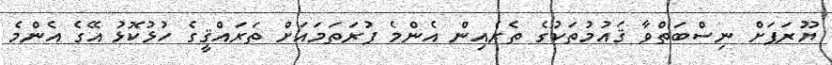
ޔޫރަޕަށް ނިސްބަތްވާ ޤައުމުތަކުގެ ތެރެއިން އެންމެ ފުރަތަމައަށް ތަރައްޤީގެ ހުޅުކޮޅު އޭގެ އެންމެ